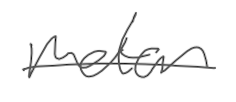
Text: motor
Cross-out: single-line
Writing tool: digital_gray